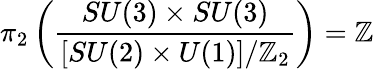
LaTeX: \pi_{2}\left({\frac{SU(3)\times SU(3)}{[SU(2)\times U(1)]/\mathbb{Z}_{2}}}\right)=\mathbb{Z}